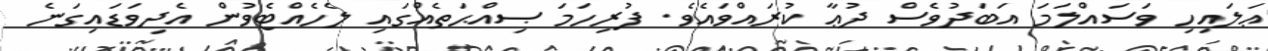
ޢަލައިހި ވަސައްލަމަ އަބަދުވެސް ދުޢާ ކުރައްވައެވެ. ފުރިހަމަ ޞިއްޙަތެއްގައި ލެހެއްޓެވުން އެދިވަޑައިގަނެ